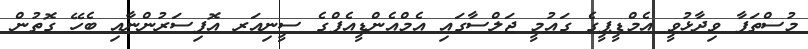
މުސްތަފާ ވިދާޅުވީ އެމްޑީޕީގެ ގައުމީ ޖަލްސާގައި އެމްއެންޑީއެފްގެ ސީނިއަރ އޮފިސަރުންނާއި ބެހޭ ގޮތުން